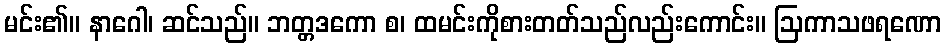
မင်း၏။ နာဂေါ၊ ဆင်သည်။ ဘတ္တဒကော စ၊ ထမင်းကိုစားတတ်သည်လည်းကောင်း။ ဩကာသဖရဏော